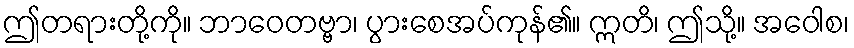
ဤတရားတို့ကို။ ဘာဝေတဗ္ဗာ၊ ပွားစေအပ်ကုန်၏။ ဣတိ၊ ဤသို့။ အဝေါစ၊